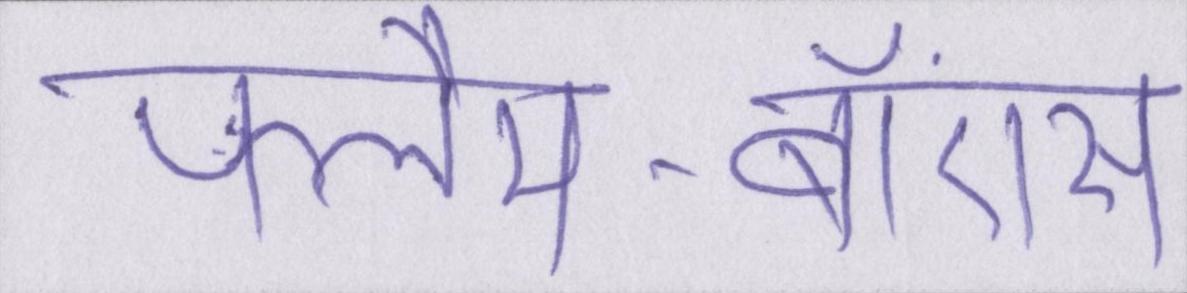
फ्लैम-बॉएंस